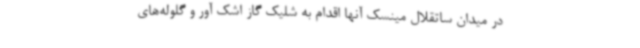
در میدان ساتقلال مینسک آنها اقدام به شلیک گاز اشک آور و گلوله‌های